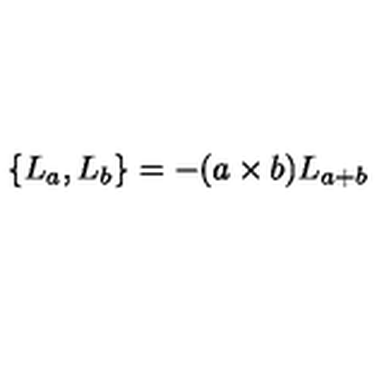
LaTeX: \{ L _ { a } , L _ { b } \} = - ( a \times b ) L _ { a + b }